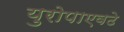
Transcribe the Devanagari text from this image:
युरोपाएवढे